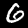
Digit: 6